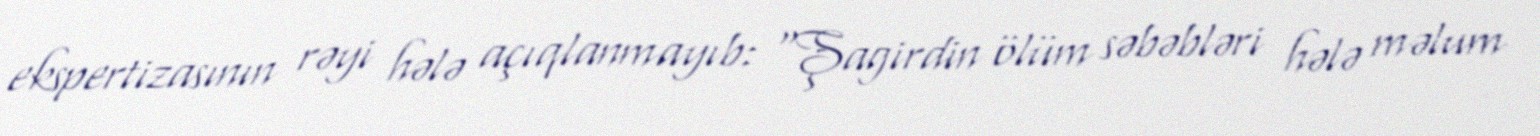
ekspertizasının rəyi hələ açıqlanmayıb: “Şagirdin ölüm səbəbləri hələ məlum